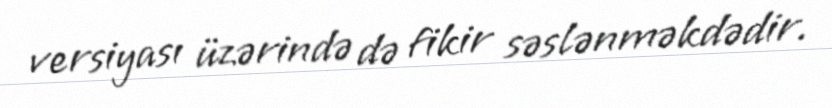
versiyası üzərində də fikir səslənməkdədir.